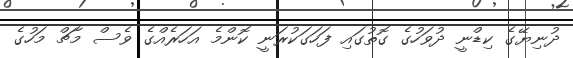
ދުނިޔޭގެ ކިޑްނީ ދުވަހުގެ ގޮތުގައި ފަހަގަކުރަނީ ކޮންމެ އަހަރެއްގެ ވެސް މާޗް މަހުގެ